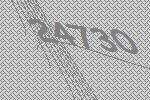
24730